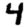
Digit: 4